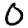
Digit: 0